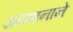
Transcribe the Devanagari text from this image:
अनशनाने